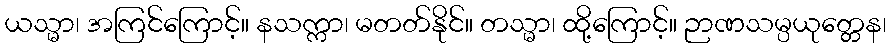
ယသ္မာ၊ အကြင်ကြောင့်။ နသက္ကာ၊ မတတ်နိုင်။ တသ္မာ၊ ထို့ကြောင့်။ ဉာဏသမ္ပယုတ္တေန၊